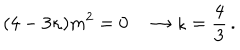
( 4 - 3 \kappa ) m ^ { 2 } = 0 \quad \rightarrow \kappa = { \frac { 4 } { 3 } } \, .